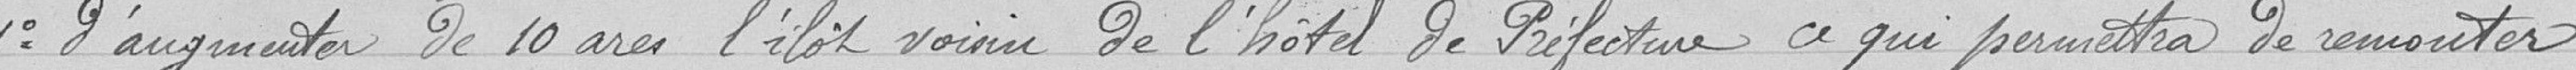
1° d'augmenter de 10 ares l’îlot voisin de l'hôtel de Préfecture ce qui permettra de remonter